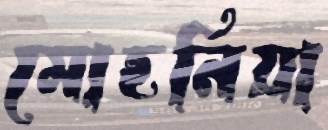
মোহনিয়া